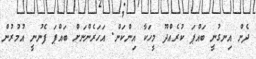
ދެން އިނގުނީ ބައްޕަ ކުރެއްދޫ މީހަކާ އިންކަން. އަހަރެންނަށް ބައްޕަ ފެނުނީ އުމުރުން